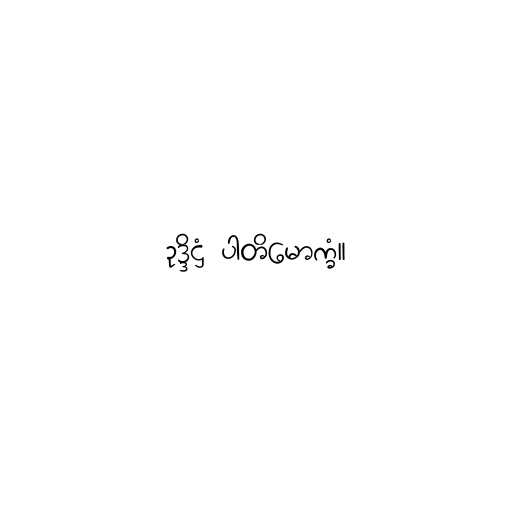
ဥဒ္ဒိဋ္ဌံ ပါတိမောက္ခံ။